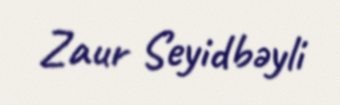
Zaur Seyidbəyli